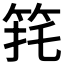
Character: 𮅈